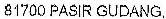
81700 PASIR GUDANG,